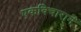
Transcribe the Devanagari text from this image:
एकविचाराने